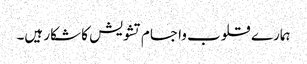
ہمارے قلوب واجسام تشویش کا شکار ہیں۔